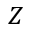
Z